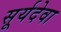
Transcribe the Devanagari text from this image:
सूर्यदेवा